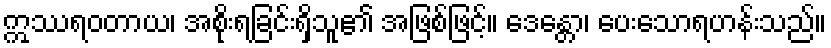
ဣဿရဝတာယ၊ အစိုးရခြင်းရှိသူ၏ အဖြစ်ဖြင့်။ ဒေန္တော၊ ပေးသောရဟန်းသည်။